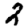
Digit: 2